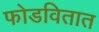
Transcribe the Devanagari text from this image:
फोडवितात